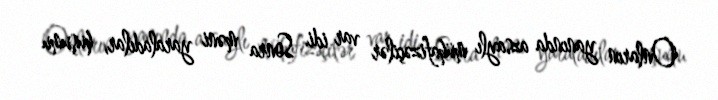
Onların yanında azsaylı mühafizəçilər var idi. Sonra məni yaraladılar, huşumu